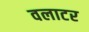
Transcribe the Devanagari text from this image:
वलाटर